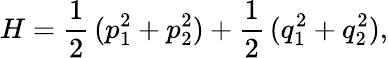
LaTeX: H=\frac{1}{2}\, (p_{1}^{2}+p_{2}^{2})+\frac{1}{2}\, (q_{1}^{2}+q_{2}^{2}),